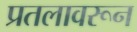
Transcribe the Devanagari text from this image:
प्रतलावरून